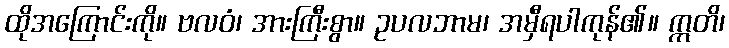
ထိုအကြောင်းကို။ ဗလဝံ၊ အားကြီးစွာ။ ဥပလဘာမ၊ အမှီရပါကုန်၏။ ဣတိ၊